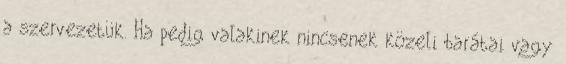
a szervezetük. Ha pedig valakinek nincsenek közeli barátai vagy